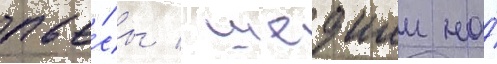
пье́сы / шедшеи на́